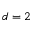
d = 2